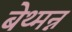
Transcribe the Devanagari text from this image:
बेथ्मन्न